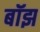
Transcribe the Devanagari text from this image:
बॉझ